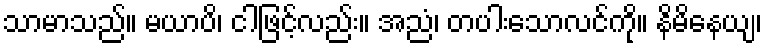
သာမာသည်။ မယာပိ၊ ငါဖြင့်လည်း။ အညံ၊ တပါးသောလင်ကို။ နိမိနေယျ၊